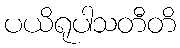
ပယိရုပါသတီတိ